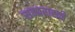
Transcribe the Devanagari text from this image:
समारासने